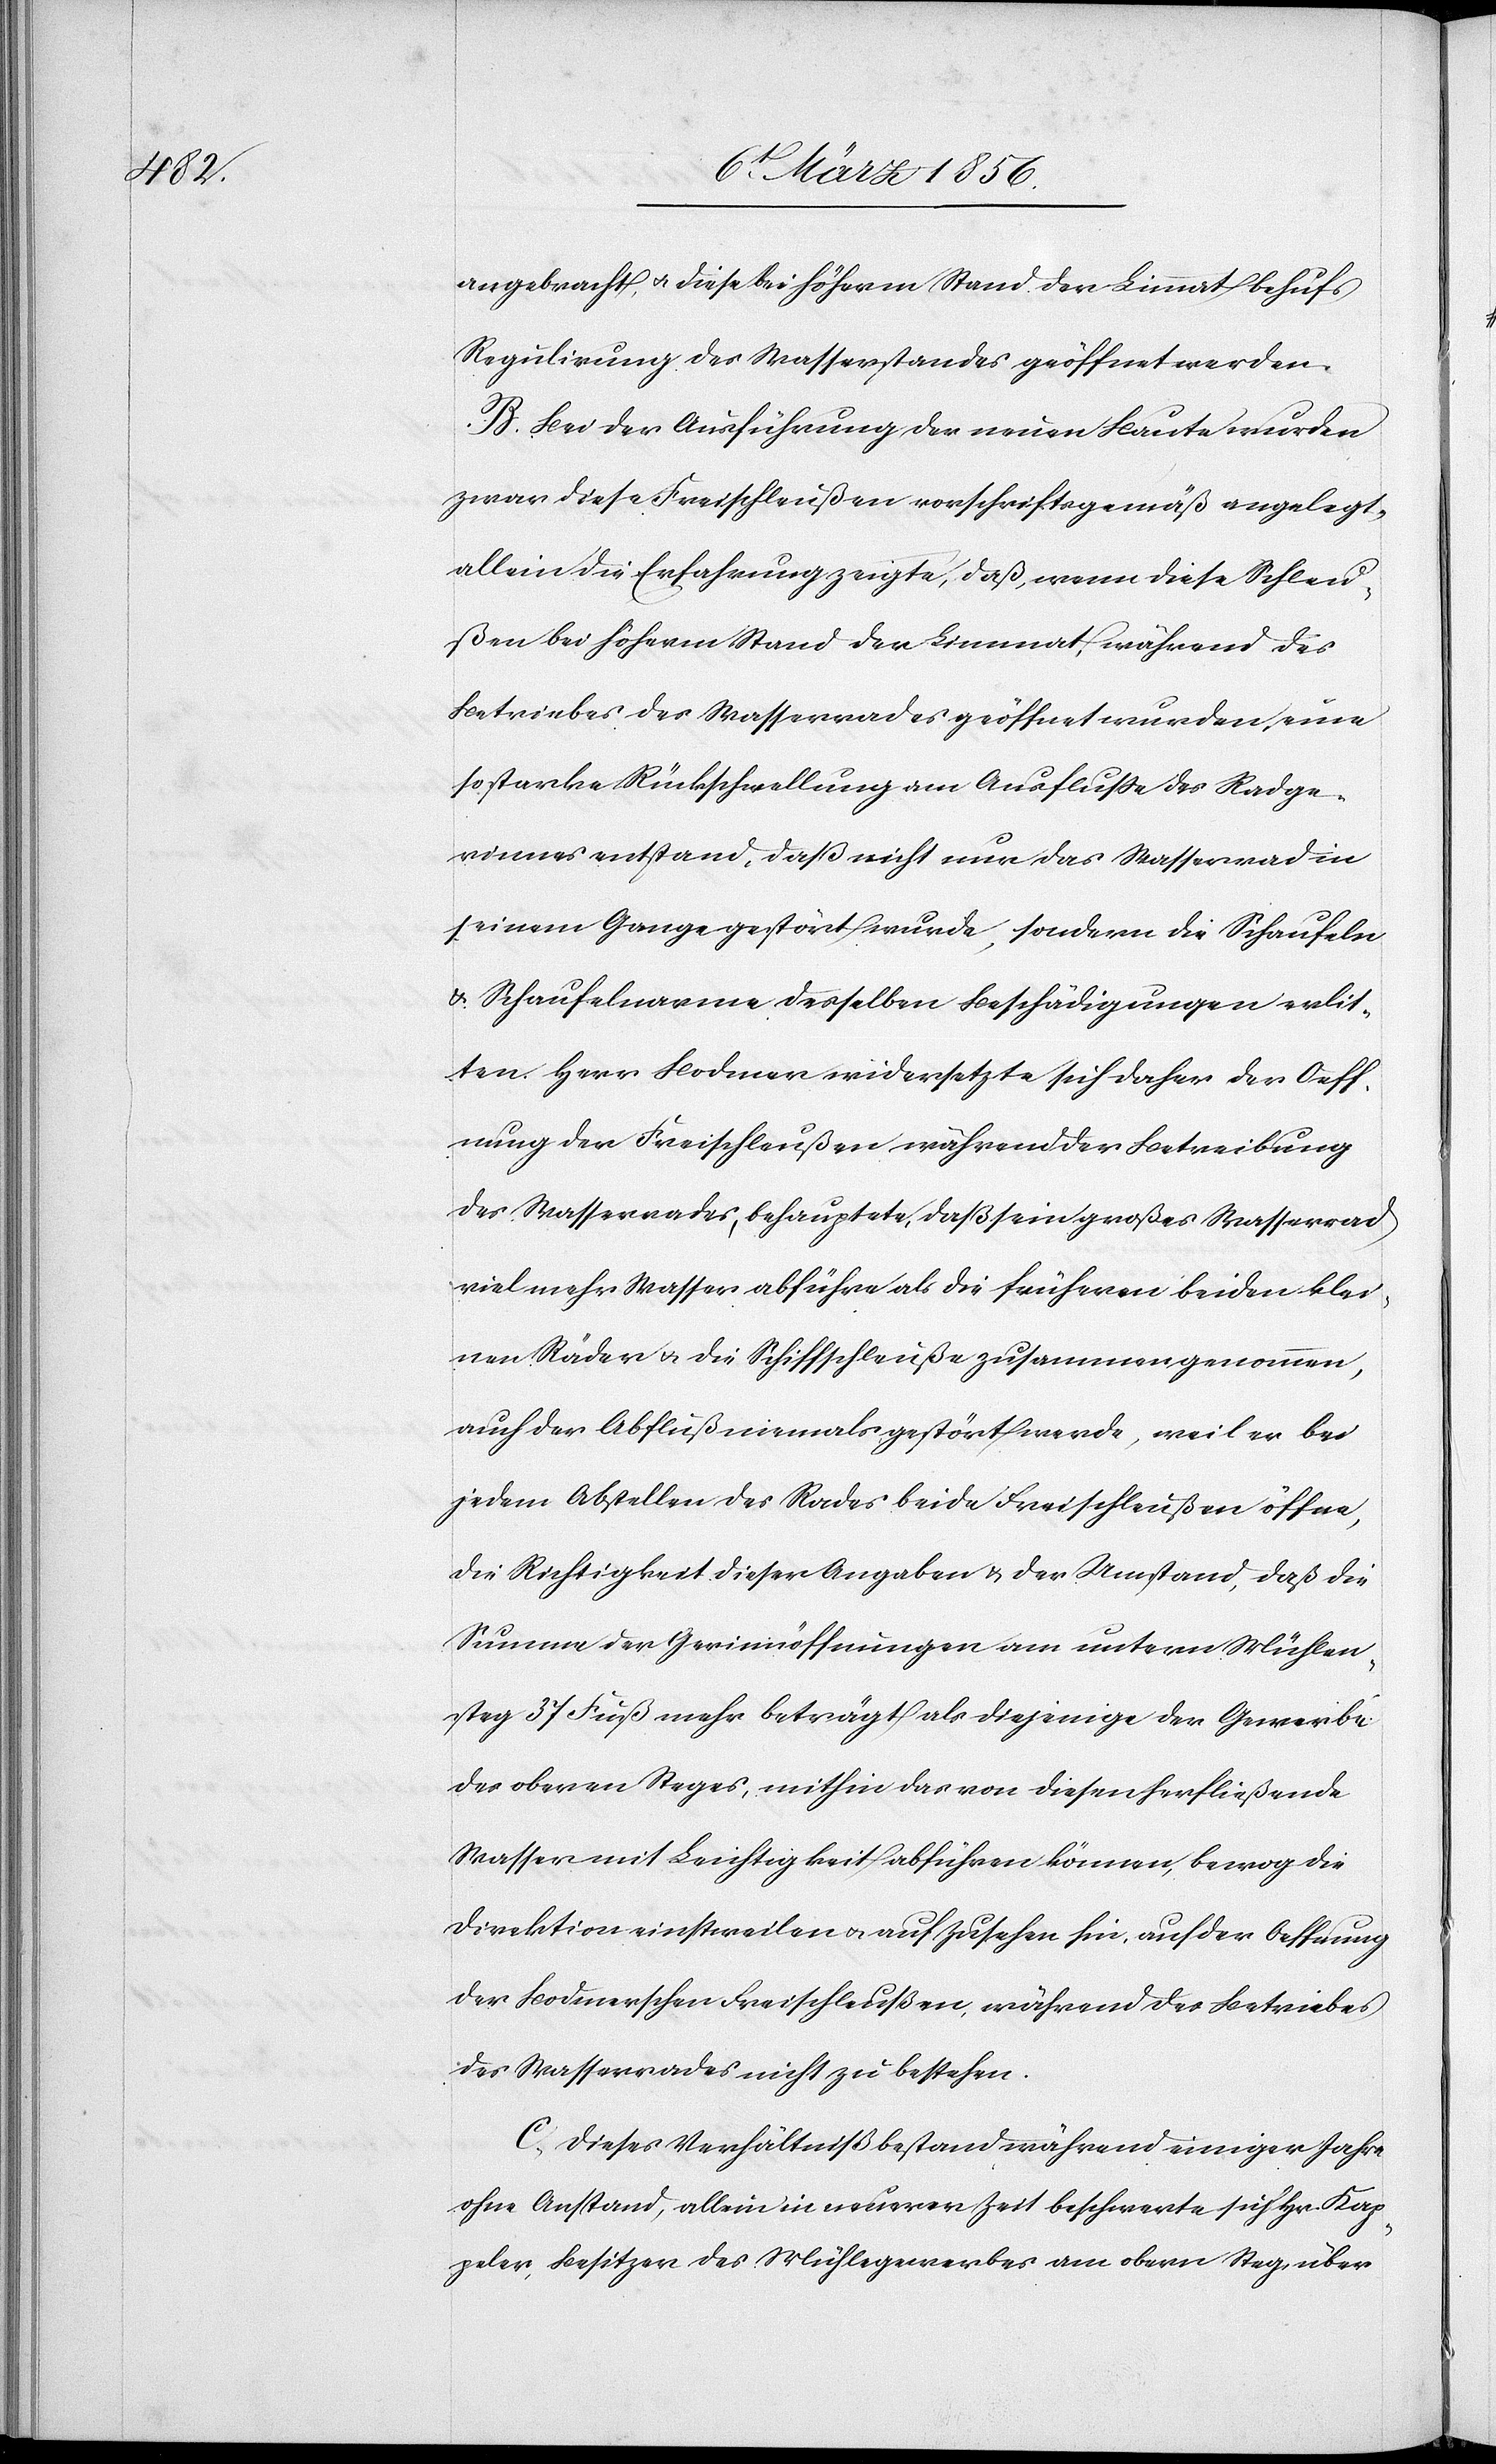
angebracht, u. diese bei höherm Stand der Limmat behufs
Regulirung des Wasserstandes geöffnet werden.
B. Bei der Ausführung der neuen Baute wurden
zwar diese Freischleußen vorschriftsgemäß angelegt,
allein die Erfahrung zeigt, daß, wenn diese Schleu¬
ßen bei höherm Stand der Limmat, während des
Betriebes des Wasserrades geöffnet wurden, eine
so starke Rückschwellung am Ausfluße des Radge¬
rinnes entstand, daß nicht nur das Wasserrad in
seinem Gange gestört wurde, sondern die Schaufeln
& Schaufelnarme desselben Beschädigungen erlit¬
ten. Herr Bodmer widersetzte sich daher der Oeff¬
nung der Freischleußen während der Betreibung
des Wasserrades, behauptete, daß sein großes Wasserrad
vielmehr Wasser abführe als die früheren beiden klei¬
nen Räder u. die Schiffschleuße zusammen genommen,
auch der Abfluß niemals gestört werde, weil er bei
jedem Abstellen des Rades beide Freischleußen öffne,
die Richtigkeit dieser Angaben & der Umstand, daß die
Summe der Gerinnöffnungen am untern Mühlen¬
steg 37 Fuß mehr beträgt als diejenige der Gewerbe
des oberen Steges, mithin das von diesen herfließende
Wasser mit Leichtigkeit abführen können, bewog die
Direktion einstweilen u. auf Zusehen hin, auf der Oeffnung
der Bodmerschen Freischleußen, während des Betriebes
des Wasserrades nicht zu bestehen.
C., Dieses Verhältniß bestand während einiger Jahre
ohne Anstand, allein in neuerer Zeit beschwerte sich Hr. Kap¬
peler, Besitzer des Mühlegewerbes am obern Steg, über